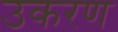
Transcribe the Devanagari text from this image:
उकरण